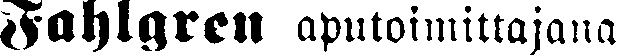
Fahlgren aputoimittajana